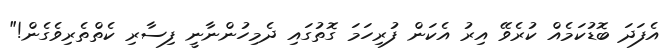
އެފަދަ ބޮޑުކަމެއް ކުރެވޭ އިރު އެކަން ފުރިހަމަ ގޮތުގައި ދެމިހުންނާނީ ފިސާރި ކެތްތެރިވެގެން!"